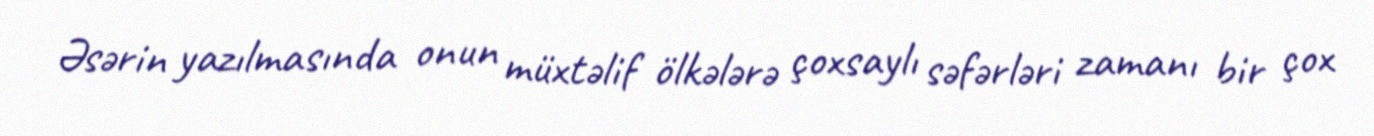
Əsərin yazılmasında onun müxtəlif ölkələrə çoxsaylı səfərləri zamanı bir çox